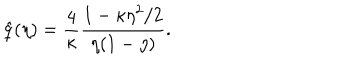
\hat { q } ( \eta ) = \frac 4 { \kappa } \frac { 1 - \kappa \eta ^ { 2 } / 2 } { \eta ( 1 - \eta ) } .